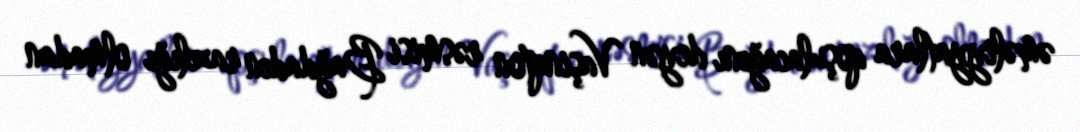
əməliyyatlara qoşulacağını deyən Vaşinqton rəsmisi Bağdadın razılığı olmadan